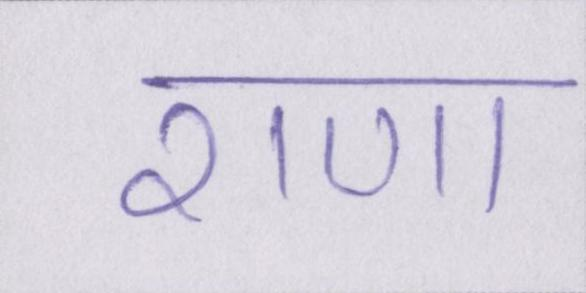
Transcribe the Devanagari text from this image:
राणा